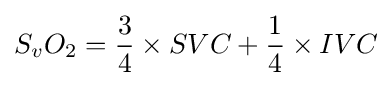
S_{v}O_{2}={\frac {3}{4}}\times SVC+{\frac {1}{4}}\times IVC